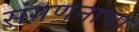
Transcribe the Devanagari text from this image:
संगणनाचा